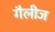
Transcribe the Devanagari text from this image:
गैलीज